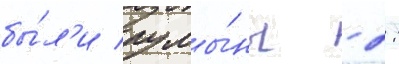
бы́л'и румы́ны - 2: